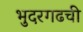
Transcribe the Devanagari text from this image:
भुदरगढची